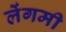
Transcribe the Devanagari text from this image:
लेंगमी